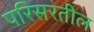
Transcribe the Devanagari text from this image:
परिसरतील